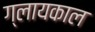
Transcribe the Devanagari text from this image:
ग्लायकाल